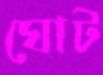
ঘোট